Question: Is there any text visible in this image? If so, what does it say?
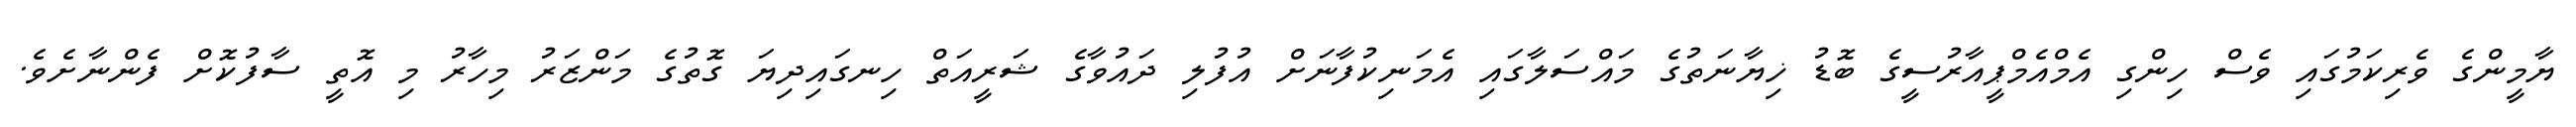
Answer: ޔާމީންގެ ވެރިކަމުގައި ވެސް ހިންގި އެމްއެމްޕީއާރުސީގެ ބޮޑު ޚިޔާނަތުގެ މައްސަލާގައި އެމަނިކުފާނަށް އުފުލި ދައުވާގެ ޝަރީއަތް ހިނގައިދިޔަ ގޮތުގެ މަންޒަރު މިހާރު މި އޮތީ ސާފުކޮށް ފެންނާށެވެ.